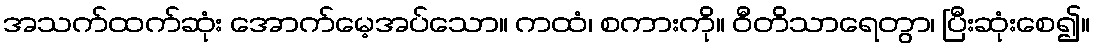
အသက်ထက်ဆုံး အောက်မေ့အပ်သော။ ကထံ၊ စကားကို။ ဝီတိသာရေတွာ၊ ပြီးဆုံးစေ၍။